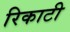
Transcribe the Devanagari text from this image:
रिकाटी